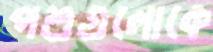
পশুগুলোকে